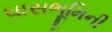
ઘાસભૂમિની